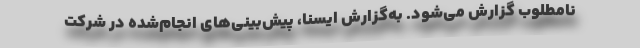
نامطلوب گزارش می‌شود. به‌گزارش ایسنا، پیش‌بینی‌های انجام‌شده در شرکت